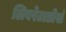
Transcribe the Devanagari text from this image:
लिबरेटाडोर्स